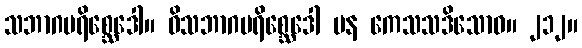
သဘာဂပရိစ္ဆေဒေါ။ ဝိသဘာဂပရိစ္ဆေဒေါ ပန ကေသသဒိသောဝ။ ၂၁၂။